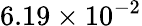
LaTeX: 6.19\times 10^{-2}